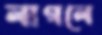
লাগলে